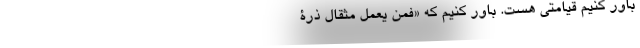
باور کنیم قیامتی هست. باور کنیم که «فَمَنْ یَعْمَلْ مِثْقالَ ذَرَّةٍ